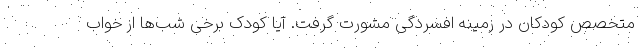
متخصص کودکان در زمینه افسردگی مشورت گرفت. آیا کودک برخی شب‌ها از خواب